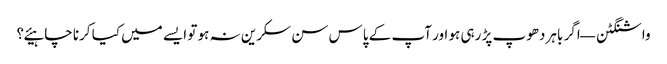
واشنگٹن — اگر باہر دھوپ پڑ رہی ہو اور آپ کے پاس سن سکرین نہ ہو تو ایسے میں کیا کرنا چاہیئے؟